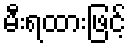
မီးရထားဖြင့်